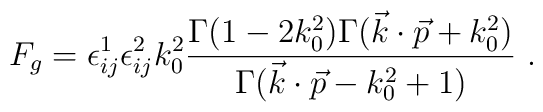
F_g=\epsilon^1_{ij}\epsilon^2_{ij}k_0^2{\Gamma (1-2k_0^2) \Gamma (\vec k\cdot \vec p +k_0^2)\over \Gamma (\vec k\cdot \vec p-k_0^2+1)} \ .